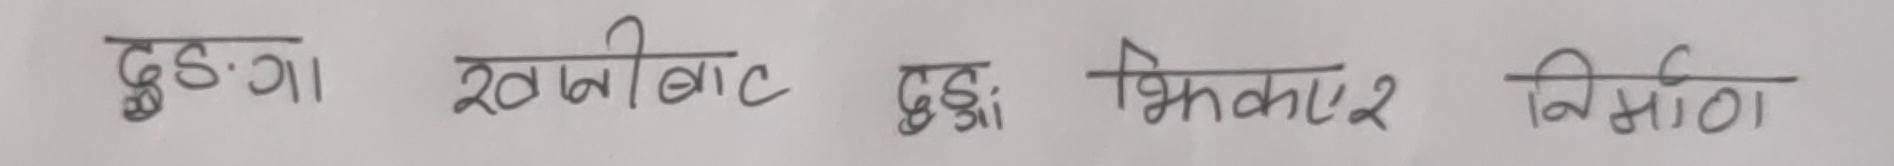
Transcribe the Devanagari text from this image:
दुङ्गों खम्बोट दुङ्गी भिकार निम्ठा